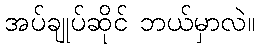
အပ်ချုပ်ဆိုင် ဘယ်မှာလဲ။